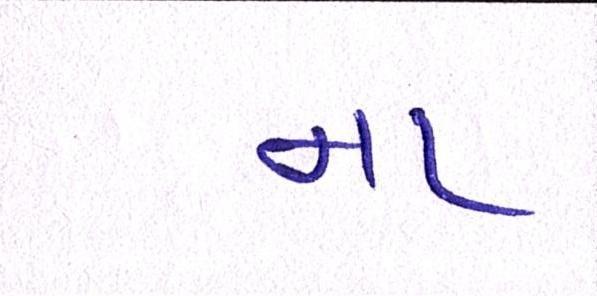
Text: ના